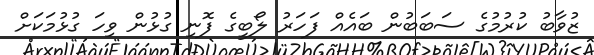
ޒުވާބު ކުރުމުގެ ސަބަބުން ބައެއް ފަހަރު ލޯބީގެ ފޮނި ގުޅުން ވިހަ ގުޅުމަކަށް